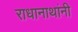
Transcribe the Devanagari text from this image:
राधानाथांनी